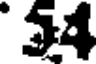
54